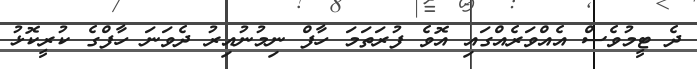
ދެ ޓީމުވެސް އެއްވަރެއްގައި އޮވެ ފުރަތަމަ ހާފް ނިމުނުއިރު ދެވަނަ ހާފްގެ ކުރީކޮޅު